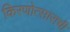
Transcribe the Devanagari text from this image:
किरणोत्साराची